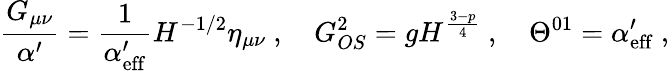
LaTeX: \frac{G_{\mu\nu}}{\alpha^{\prime}}=\frac{1}{\alpha_{\mathrm{eff}}^{\prime}}H^{-1/2}\eta_{\mu\nu}\ ,\quad G_{OS}^{2}=gH^{\frac{3-p}{4}}\ ,\quad\Theta^{01}=\alpha_{\mathrm{eff}}^{\prime}\ ,